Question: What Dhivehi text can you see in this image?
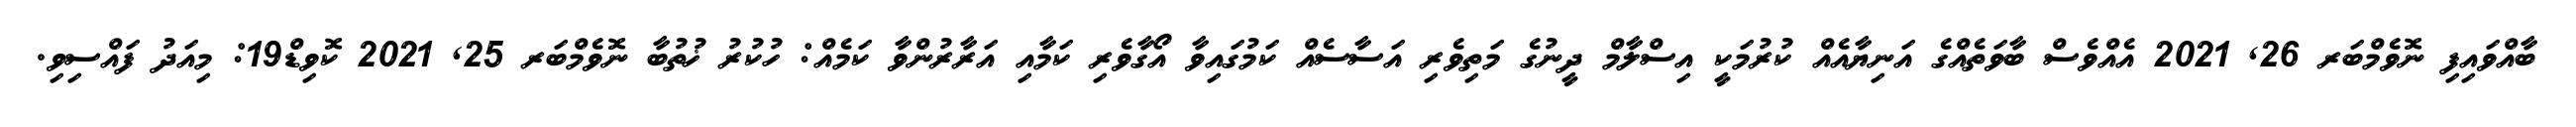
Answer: ބާއްވައިފި ނޮވެމްބަރ 26, 2021 އެއްވެސް ބާވަތެއްގެ އަނިޔާއެއް ކުރުމަކީ އިސްލާމް ދީނުގެ މަތިވެރި އަސާސެއް ކަމުގައިވާ އޯގާވެރި ކަމާއި އަރާރުންވާ ކަމެއް: ހުކުރު ޚުތުބާ ނޮވެމްބަރ 25, 2021 ކޮވިޑް19: މިއަދު ފައްސިވި.